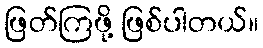
ဖြတ်ကြဖို့ ဖြစ်ပါတယ်။